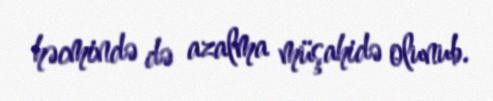
həcmində də azalma müşahidə olunub.